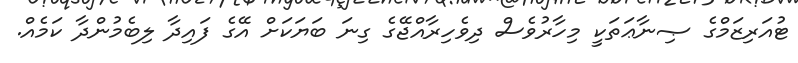
ޓުއަރިޒަމްގެ ޞިނާޢަތަކީ މިހާރުވެސް ދިވެހިރާއްޖޭގެ ގިނަ ބަޔަކަށް އޭގެ ފައިދާ ލިބެމުންދާ ކަމެއް.